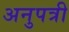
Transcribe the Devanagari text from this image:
अनुपत्री